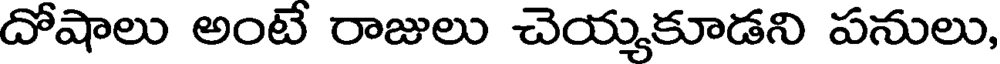
దోషాలు అంటే రాజులు చెయ్యకూడని పనులు,